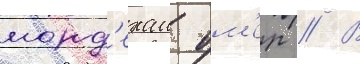
морд'ехаи ом'ер // В